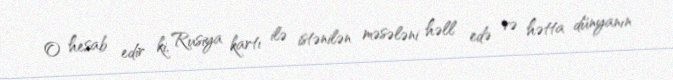
O hesab edir ki, Rusiya kartı ilə istənilən məsələni həll edə və hətta dünyanın